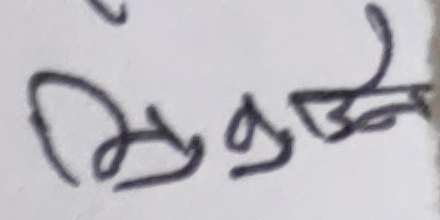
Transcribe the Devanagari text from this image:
मुकुटउने